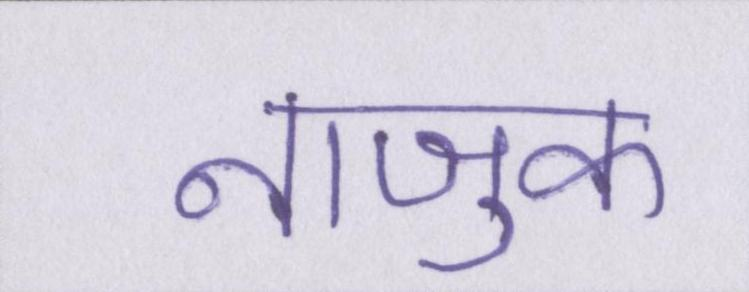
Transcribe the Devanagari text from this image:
नाजुक